65_HS1-834228961_62-HQ-83894_Section_9
Agency: FBI
Page 50
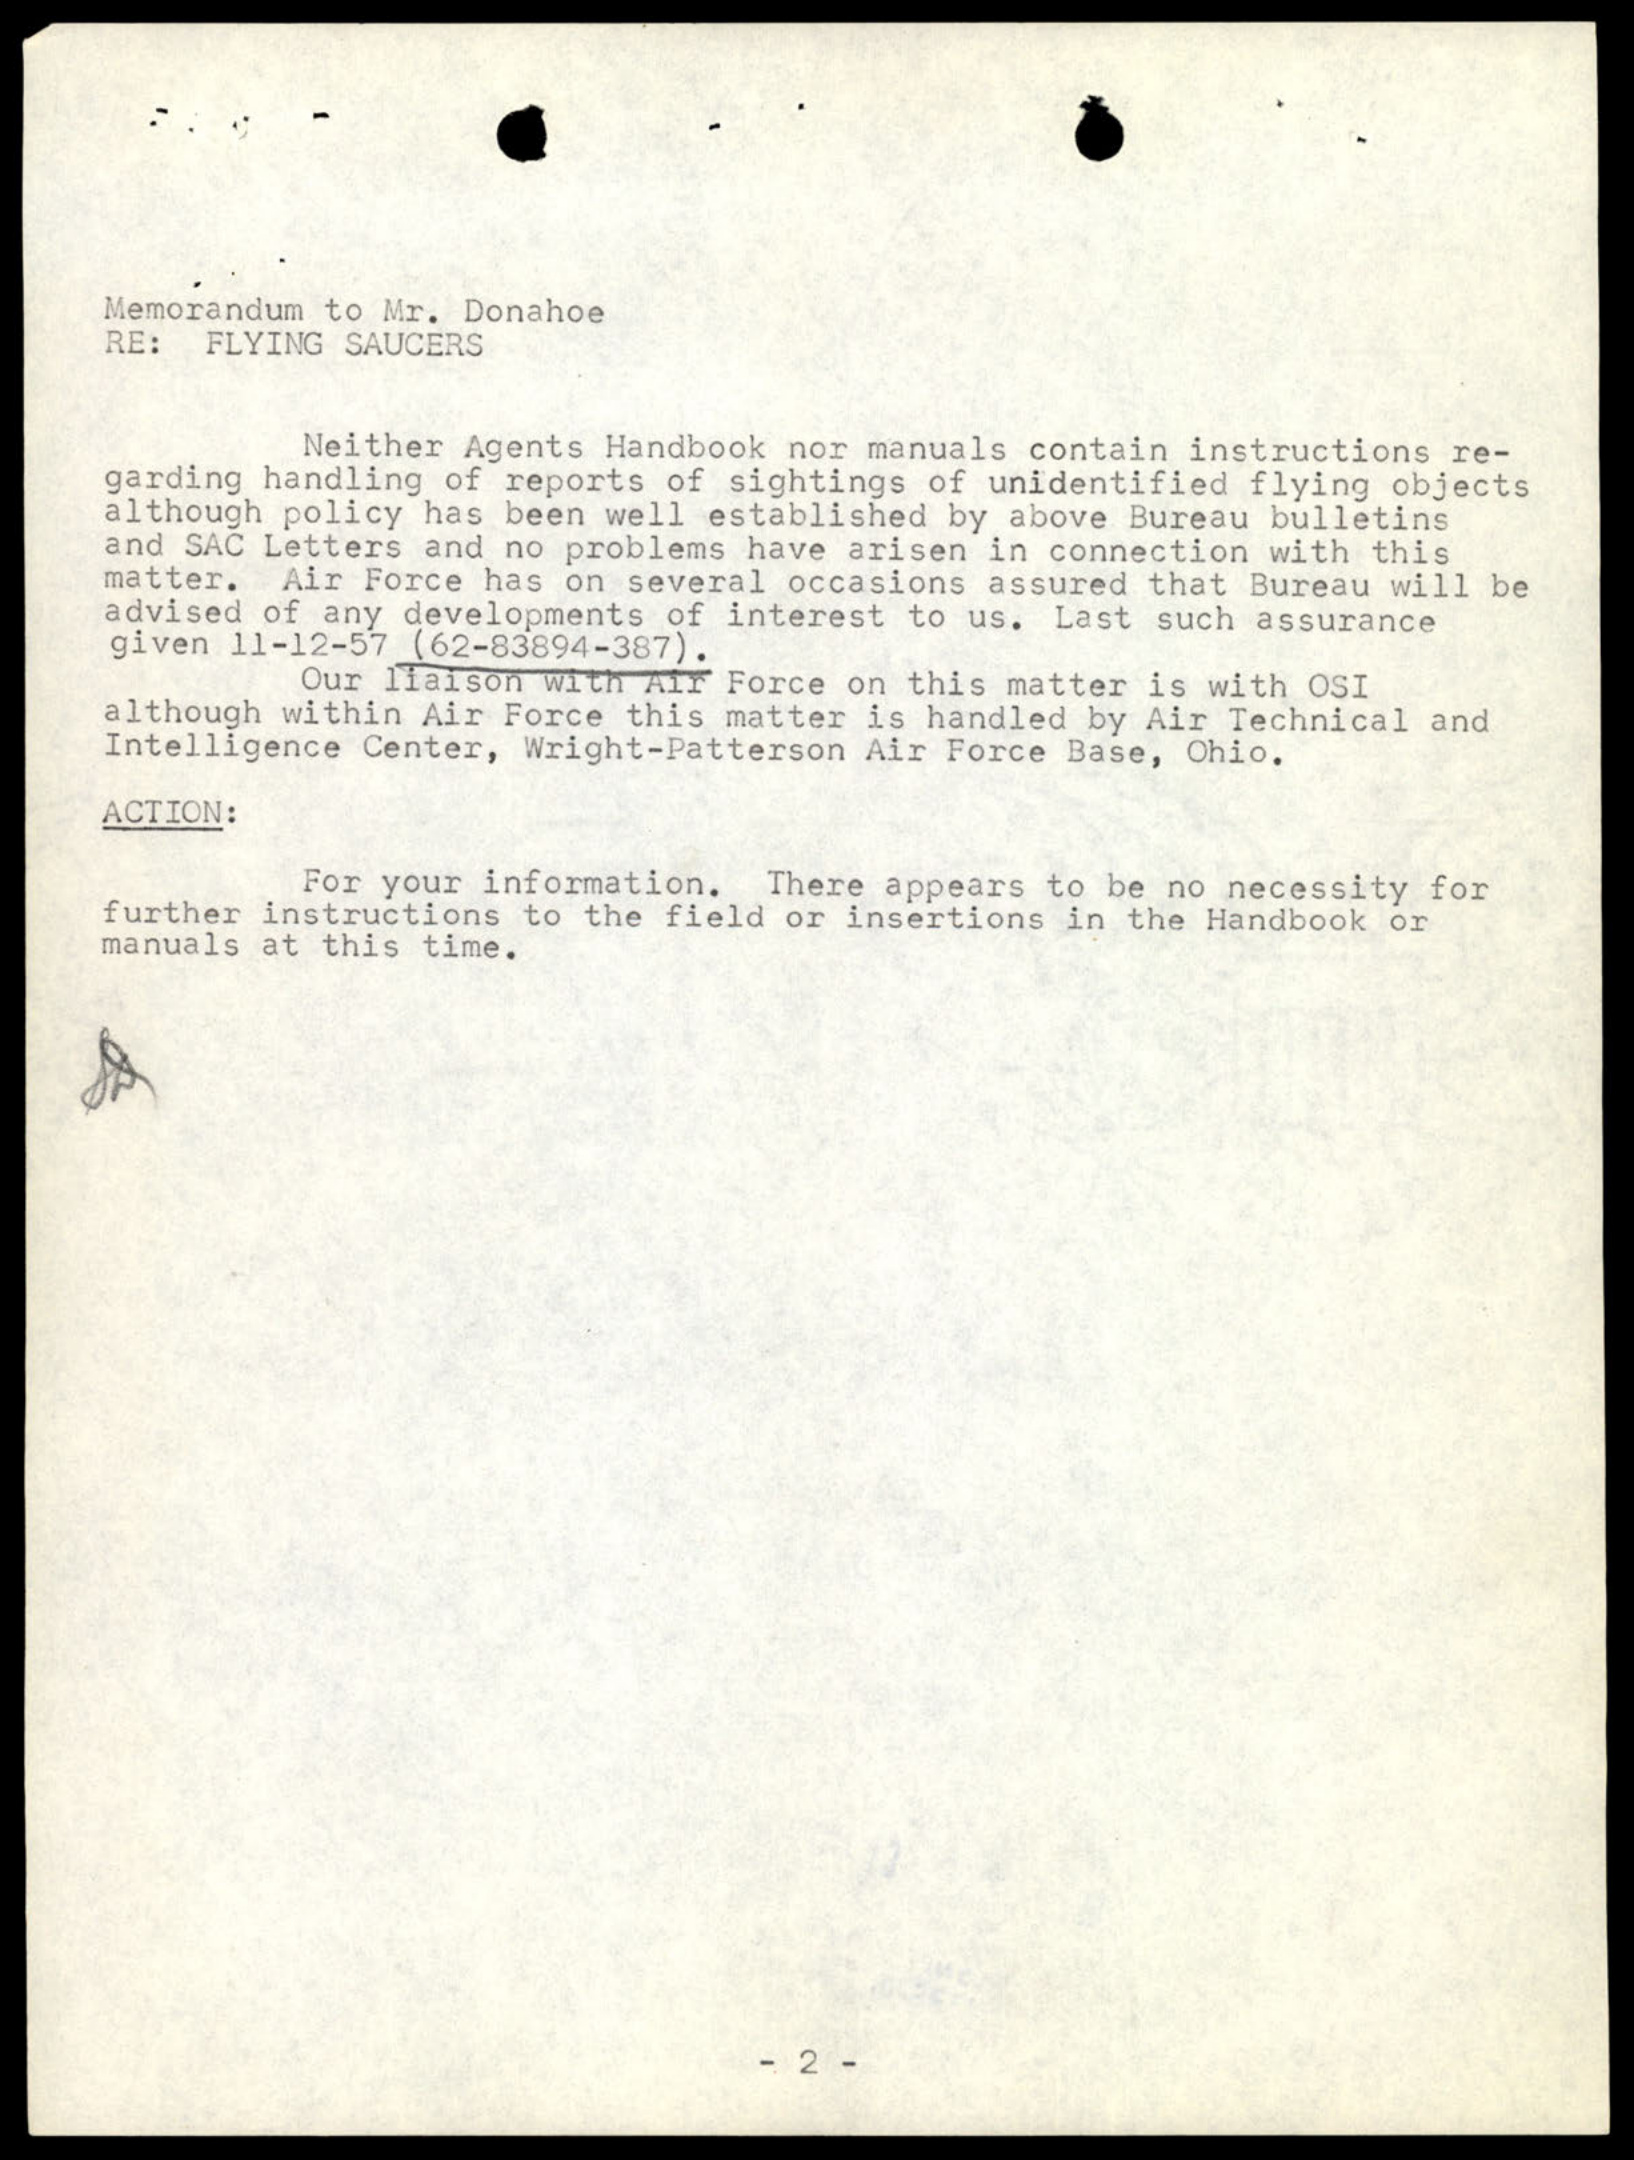